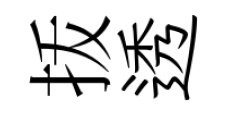
㧞透